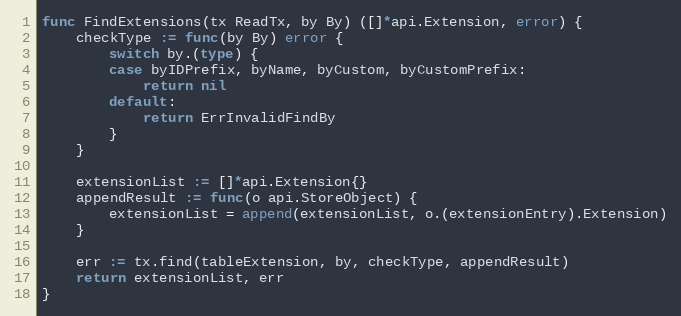
Language: Go
func FindExtensions(tx ReadTx, by By) ([]*api.Extension, error) {
	checkType := func(by By) error {
		switch by.(type) {
		case byIDPrefix, byName, byCustom, byCustomPrefix:
			return nil
		default:
			return ErrInvalidFindBy
		}
	}

	extensionList := []*api.Extension{}
	appendResult := func(o api.StoreObject) {
		extensionList = append(extensionList, o.(extensionEntry).Extension)
	}

	err := tx.find(tableExtension, by, checkType, appendResult)
	return extensionList, err
}